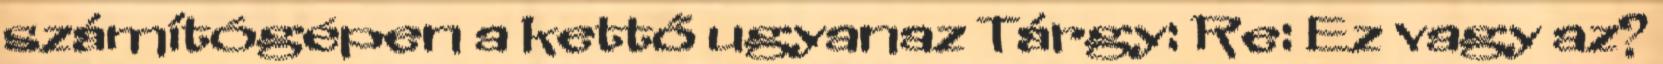
számítógépen a kettő ugyanaz Tárgy: Re: Ez vagy az?